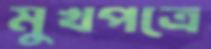
মুখপত্রে